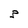
Character: 3